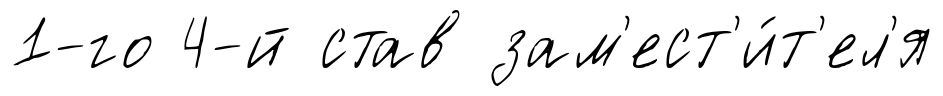
1-го 4-й став зам'ест'и́т'ел'я